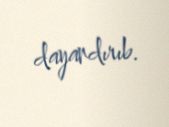
dayandırıb.